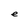
Character: e